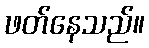
ဖတ်နေသည်။